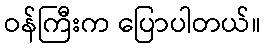
ဝန်ကြီးက ပြောပါတယ်။